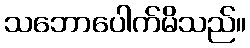
သဘောပေါက်မိသည်။